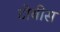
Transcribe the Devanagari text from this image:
टोबीस